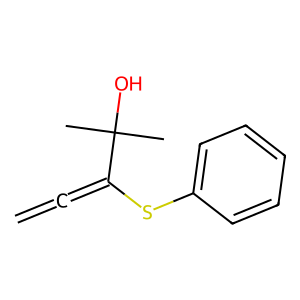
SMILES: C=C=C(Sc1ccccc1)C(C)(C)O
Inhibits HIV replication: No